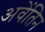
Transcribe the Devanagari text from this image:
अवेंतिन